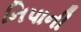
નિપાની